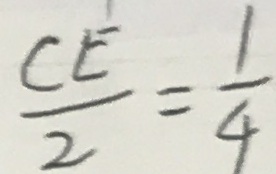
\frac { C E } { 2 } = \frac { 1 } { 4 }